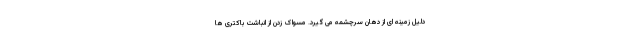
دلیل زمینه ای از دهان سرچشمه می گیرد. مسواک زدن از انباشت باکتری ها